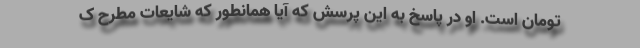
تومان است. او در پاسخ به این پرسش که آیا همانطور که شایعات مطرح ک